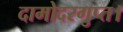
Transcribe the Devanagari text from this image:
दामोदरगुप्त।